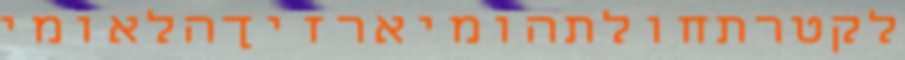
לקטרתחולתהומיארזיךהלאומי